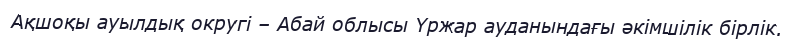
Ақшоқы ауылдық округі – Абай облысы Үржар ауданындағы әкімшілік бірлік.